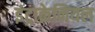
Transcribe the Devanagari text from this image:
इंट्राक्रेनियल